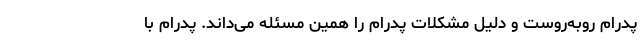
پدرام روبه‌روست و دلیل مشکلات پدرام را همین مسئله می‌داند. پدرام با